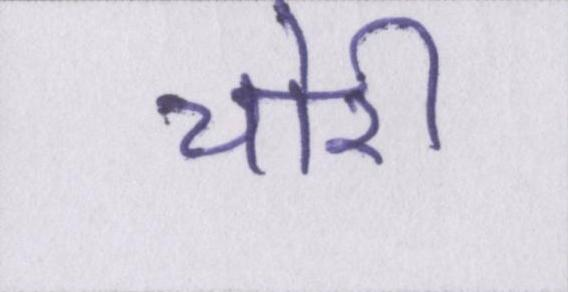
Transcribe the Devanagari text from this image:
चोरी